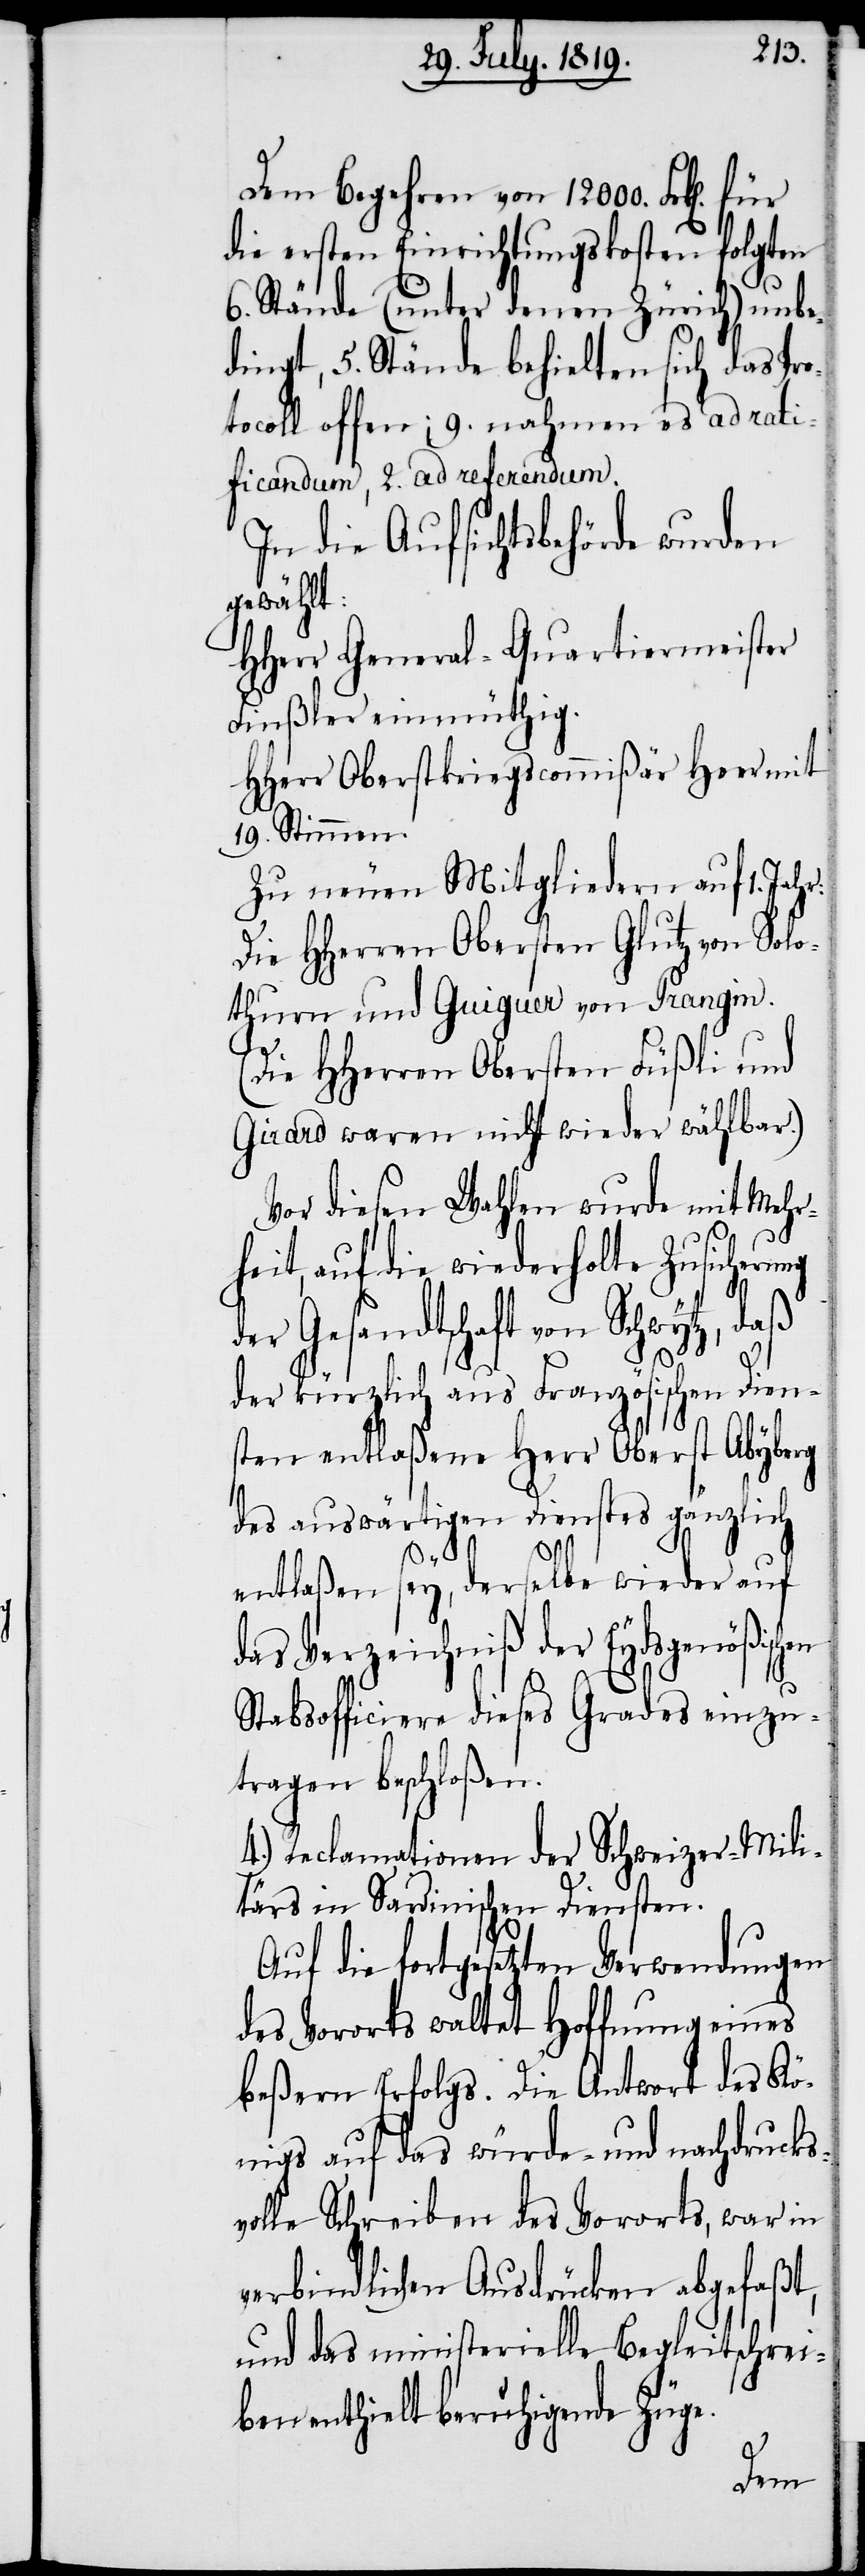
Dem Begehren von 12000. Frk[en].
die ersten Einrichtungskosten folgten
6. Stände (unter denen Zürich) unbe¬
dingt, 5. Stände behielten sich das Pro¬
tocoll offen; 9. nahmen es ad rati¬
ficandum, 2. ad referendum.
In die Aufsichtsbehörde wurden
gewählt:
HHerr General-Quartiermeister
Finßler einmüthig.
HHerr Oberstkriegscommißär Heer mit
19 Stimmen.
Zu neuen Mitgliedern auf 1. Jahr:
Die HHerren Obersten Glutz von Solo¬
thurn und Guiguer von Prangin.
(Die HHerren Obersten Füßli und
Girard waren nicht wieder wählbar.)
Vor diesen Wahlen wurde mit Mehr¬
heit, auf die wiederholte Zusicherung
der Gesandtschaft von Schwytz, daß
der kürzlich aus Französischen Dien¬
sten entlaßene Herr Oberst Abyberg
des auswärtigen Dienstes gänzlich
entlaßen sey, derselbe wieder auf
das Verzeichniß der Eydsgenößisch¬
Stabsofficiere dieses Grades einzu¬
tragen beschloßen.
4.) Reclamationen der Schweizer-Mili¬
tärs in Sardinischen Diensten.
Auf die fortgesetzten Verwendungen
des Vororts waltet Hoffnung eines
beßern Erfolgs. Die Antwort des Kö¬
nigs auf das würde- und nachdrucks¬
volle Schreiben des Vororts, war in
verbindlichen Ausdrücken abgefaßt,
und das ministerielle Begleitschrei¬
ben enthielt beruhigende Züge.
en